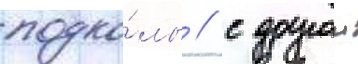
подко́лы / с другои